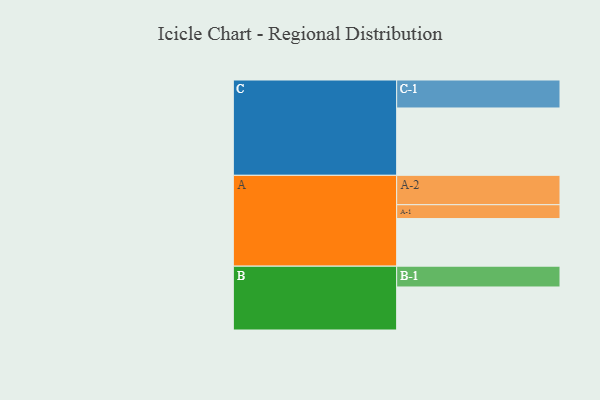
{"axis": {"x": "Segment", "y": "Value"}, "legend": ["", "A", "B", "C"], "data": [{"x": "A", "y": 405, "type": ""}, {"x": "B", "y": 366, "type": ""}, {"x": "C", "y": 573, "type": ""}, {"x": "A-1", "y": 118, "type": "A"}, {"x": "A-2", "y": 250, "type": "A"}, {"x": "B-1", "y": 177, "type": "B"}, {"x": "C-1", "y": 238, "type": "C"}]}